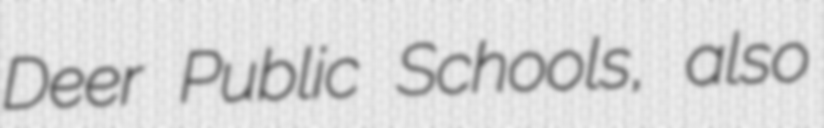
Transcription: Deer Public Schools, also